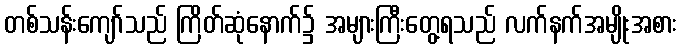
တစ်သန်းကျော်သည် ကြိတ်ဆုံနောက်၌ အများကြီးတွေ့ရသည် လက်နက်အမျိုးအစား